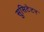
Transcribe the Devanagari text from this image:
सुसिटेटर